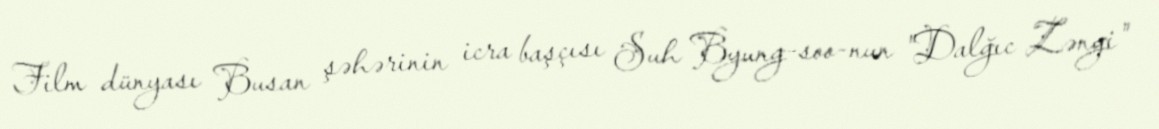
Film dünyası Busan şəhərinin icra başçısı Suh Byung-soo-nun "Dalğıc Zəngi"